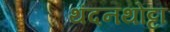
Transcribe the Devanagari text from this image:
थंदनथोट्टा